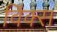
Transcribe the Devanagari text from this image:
विंक्स